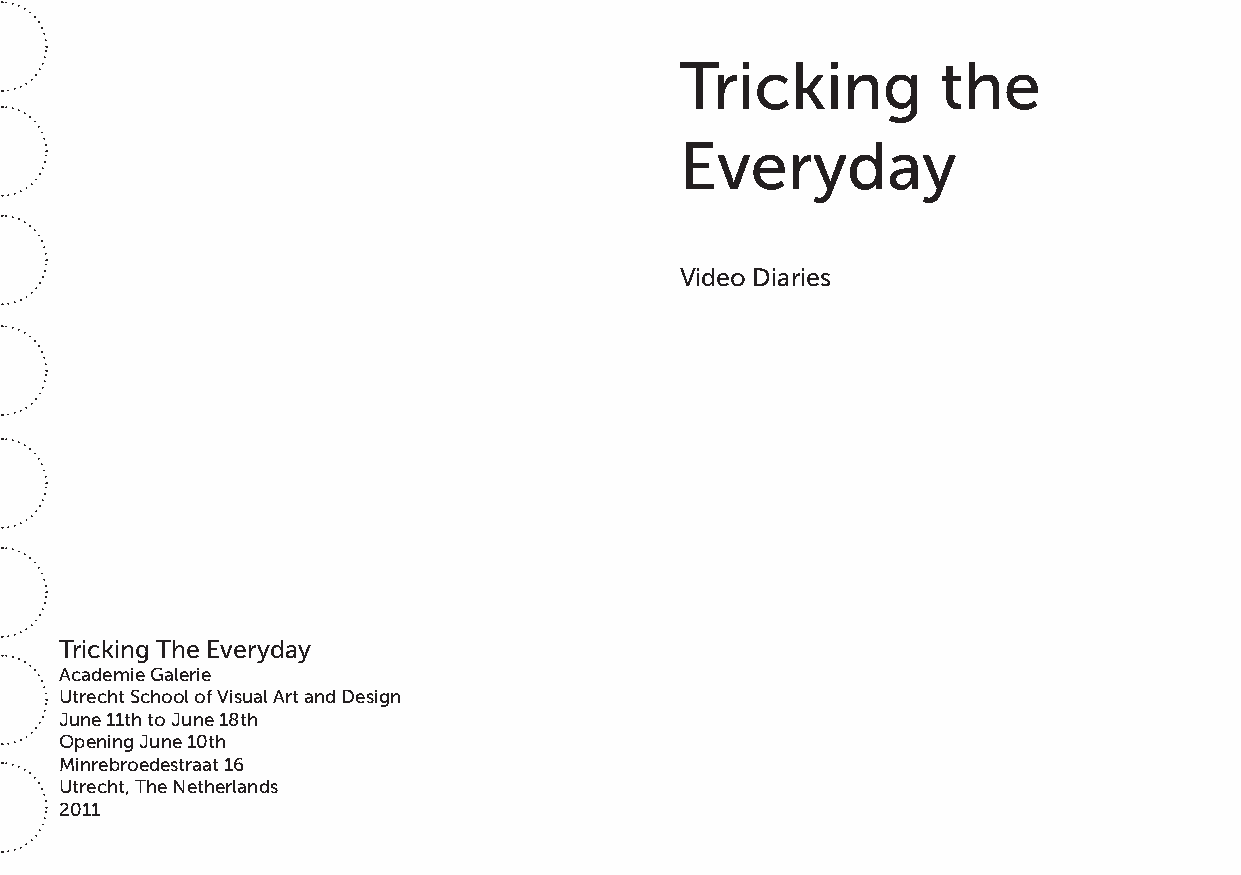
Tricking         the
 Everyday
 Video Diaries
 Tricking The Everyday
 Academie Galerie
 Utrecht School of Visual Art and Design
 June 11th to June 18th
 Opening June 10th
 Minrebroedestraat 16
 Utrecht, The Netherlands
 2011